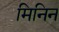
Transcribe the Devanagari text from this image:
मिनिन